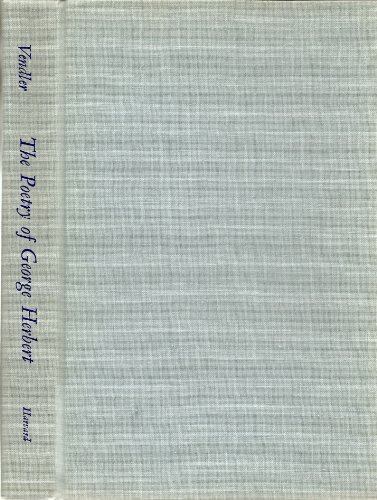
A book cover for The Poetry of George Herbert; Helen Vendler; Christian Books & Bibles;